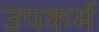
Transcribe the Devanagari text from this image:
उपकर्म